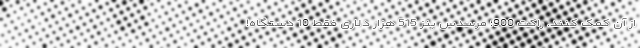
از آن کمک کنند. راکت 900؛ مرسدس بنز 515 هزار دلاری فقط 10 دستگاه!